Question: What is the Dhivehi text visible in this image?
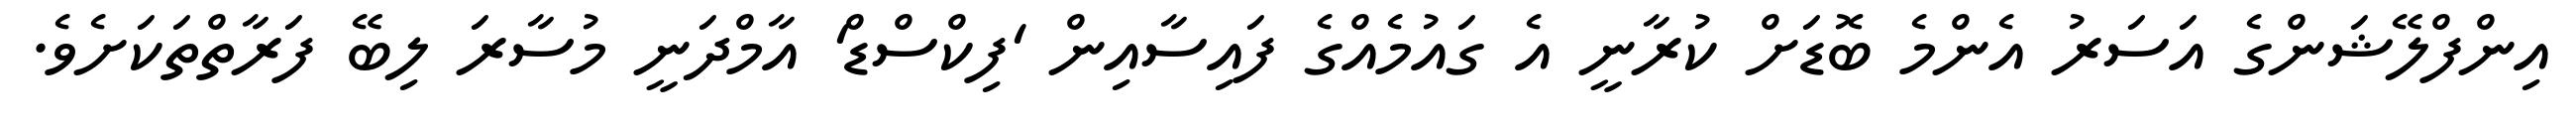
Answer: އިންފްލޭޝަންގެ އަސަރު އެންމެ ބޮޑަށް ކުރާނީ އެ ގައުމެއްގެ ފައިސާއިން 'ފިކްސްޑް' އާމްދަނީ މުސާރަ ލިބޭ ފަރާތްތަކަށެވެ.